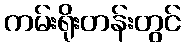
ကမ်းရိုးတန်းတွင်